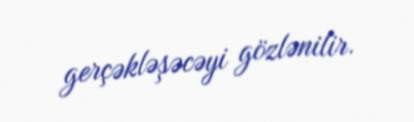
gerçəkləşəcəyi gözlənilir.